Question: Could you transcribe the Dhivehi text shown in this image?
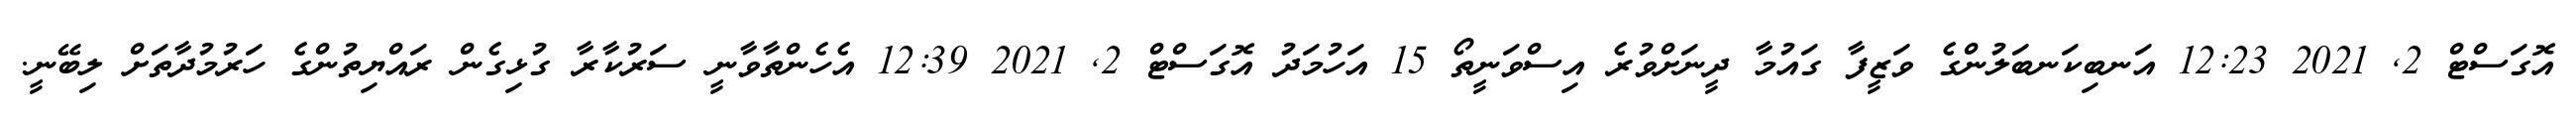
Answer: އޮގަސްޓް 2, 2021 12:23 އަނބިކަނބަލުންގެ ވަޒީފާ ގައުމާ ދީނަށްވުރެ އިސްވަނީތޯ 15 އަހުމަދު އޮގަސްޓް 2, 2021 12:39 އެހެންތާވާނީ ސަރުކާރާ ގުޅިގެން ރައްޔިތުންގެ ހަރުމުދާތަށް ލިބޭނީ.